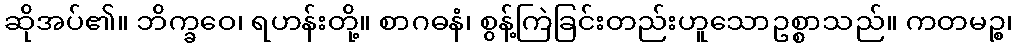
ဆိုအပ်၏။ ဘိက္ခဝေ၊ ရဟန်းတို့။ စာဂဓနံ၊ စွန့်ကြဲခြင်းတည်းဟူသောဥစ္စာသည်။ ကတမဉ္စ၊